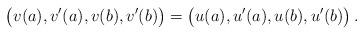
LaTeX: \begin{align*}\left(v(a),v'(a),v(b),v'(b)\strut\right)=\left(u(a),u'(a),u(b),u'(b)\strut\right).\end{align*}